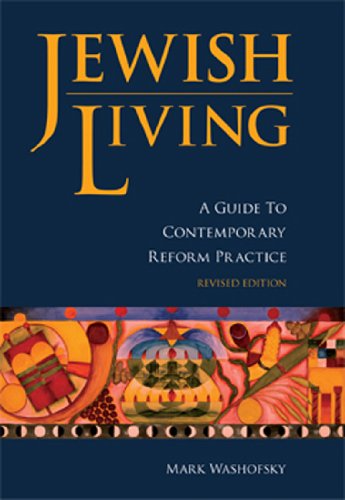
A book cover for Jewish Living: A Guide to Contemporary Reform Practice; Mark Washofsky; Religion & Spirituality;